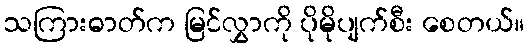
သကြားဓာတ်က မြင်လွှာကို ပိုမိုပျက်စီး စေတယ်။